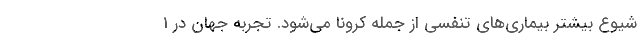
شیوع بیشتر بیماری‌های تنفسی از جمله کرونا می‌شود. تجربه جهان در 1